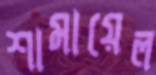
শামায়েল